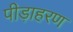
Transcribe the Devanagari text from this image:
पीड़ाहरण